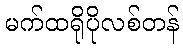
မက်ထရိုပိုလစ်တန်